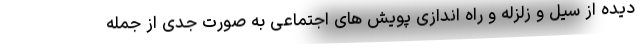
دیده از سیل و زلزله و راه اندازی پویش های اجتماعی به صورت جدی از جمله